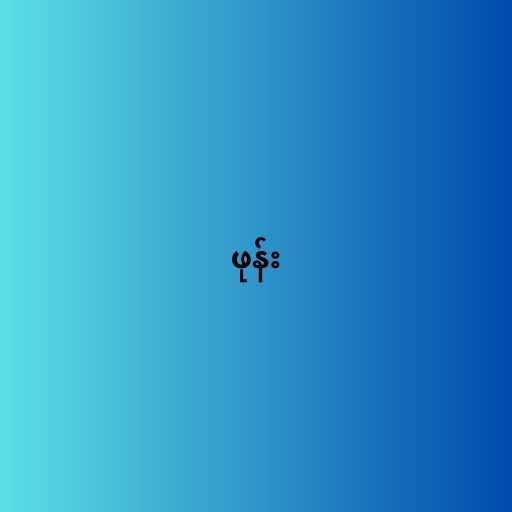
ဖုန်း